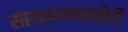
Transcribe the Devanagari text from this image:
संरक्षणासाठीही